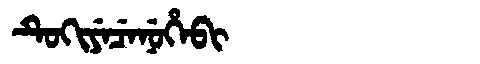
Manchu: ᡨᡠᡴᡳᠶᡝᠴᡝᠨᡠᡥᡝᠪᡳ
Romanization: TUKIYECENUHEBI